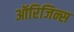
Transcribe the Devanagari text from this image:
ऑरिजिन्स